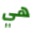
هي